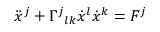
{ \ddot { x } } ^ { j } + \Gamma ^ { j } { } _ { l k } { \dot { x } } ^ { l } { \dot { x } } ^ { k } = F ^ { j }